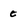
Character: c